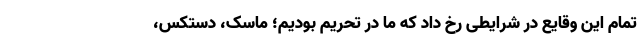
تمام این وقایع در شرایطی رخ داد که ما در تحریم بودیم؛ ماسک، دستکس،